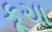
કૂચા